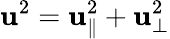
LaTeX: \mathbf{u}^{2}=\mathbf{u}_{\parallel}^{2}+\mathbf{u}_{\perp}^{2}